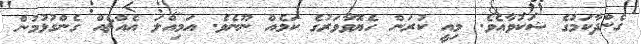
ގެންދާކަމުގެ ޝަކުވާއެވެ. މިއީ ކުރަން ހެޔޮވާވަރުގެ ކަމެއް ނޫނެވެ. އަމިއްލަ އެއްޗެއް ގެންގުޅުމުން